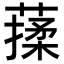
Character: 𦺤